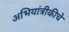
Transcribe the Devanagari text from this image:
अभियांत्रीकीचे